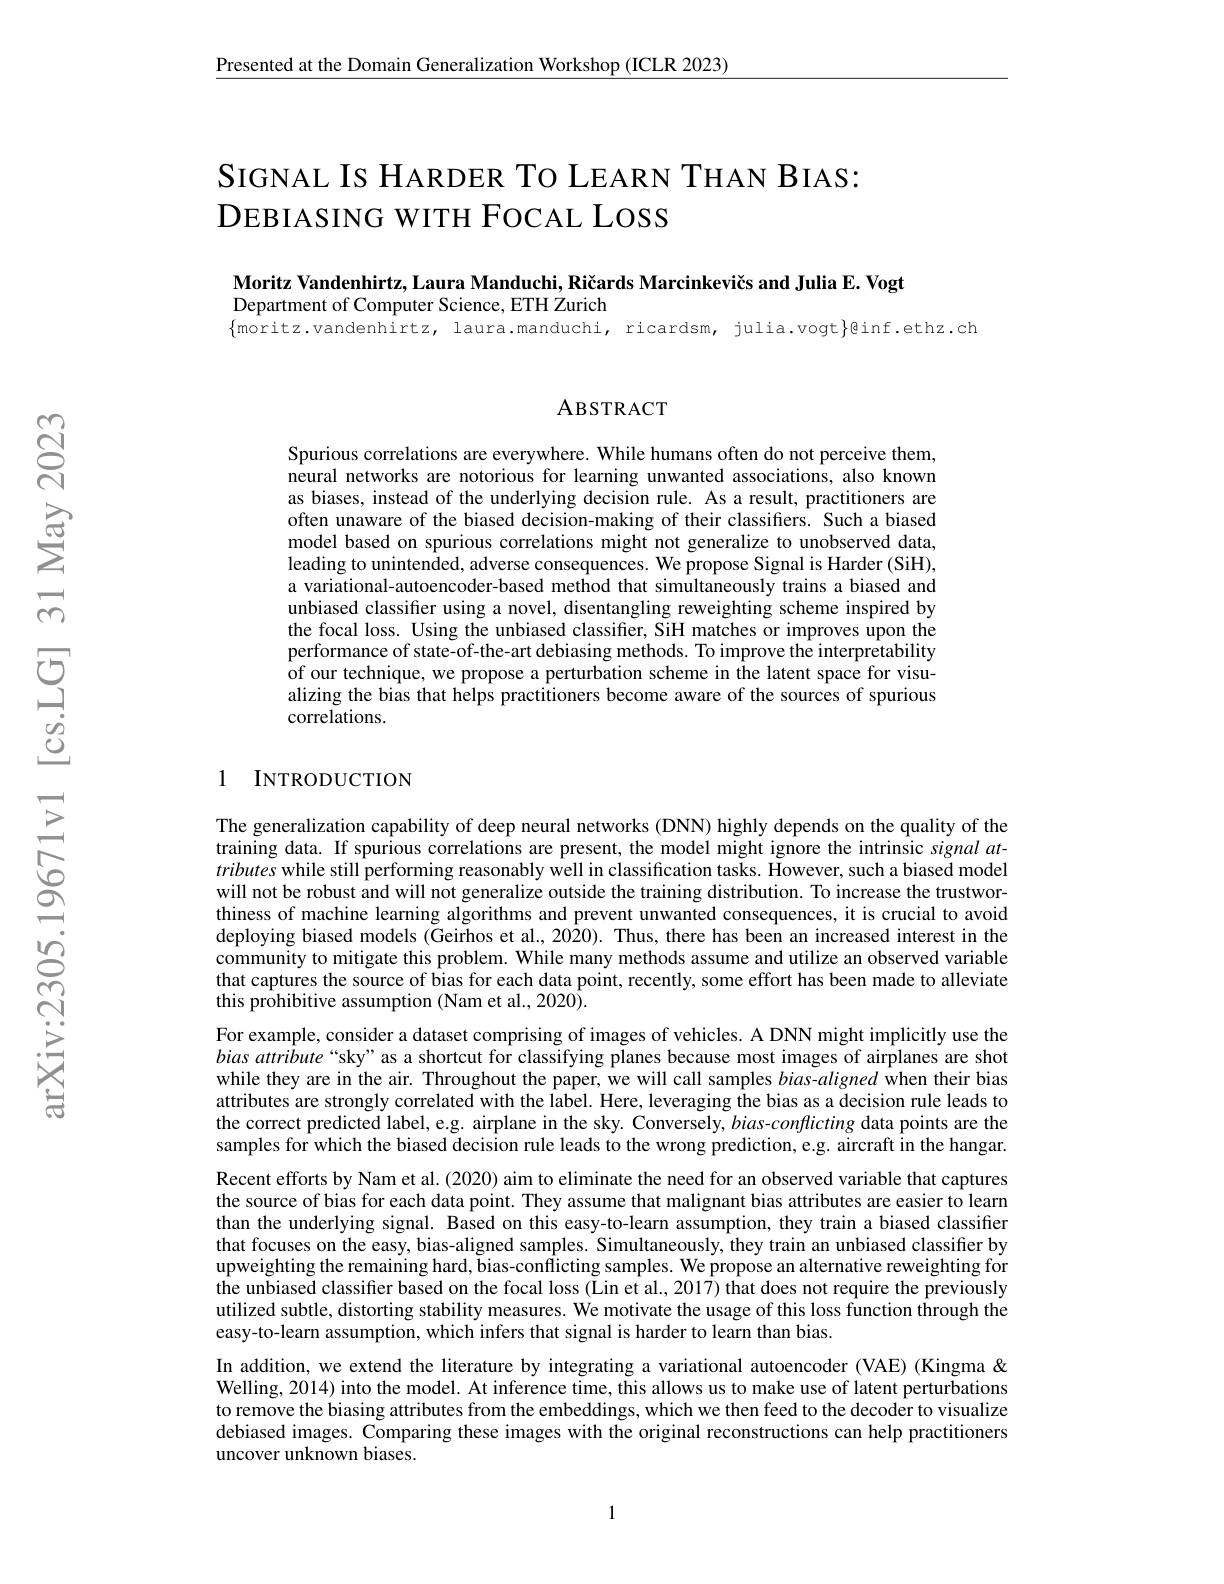
Presented at the Domain Generalization Workshop (ICLR 2023)

# SIGNAL IS HARDER TO LEARN THAN BIAS: DEBIASING WITH FOCAL LOSS

Moritz Vandenhirtz, Laura Manduchi, Ričards Marcinkevičs and Julia E. Vogt

Department of Computer Science, ETH Zurich

$\{$moritz.vandenhirtz, laura.manduchi, ricardsm, julia.vogt}@inf.ethz.ch

ABSTRACT

Spurious correlations are everywhere. While humans often do not perceive them, neural networks are notorious for learning unwanted associations, also known as biases, instead of the underlying decision rule. As a result, practitioners are often unaware of the biased decision-making of their classifiers. Such a biased model based on spurious correlations might not generalize to unobserved data, leading to unintended, adverse consequences. We propose Signal is Harder (SiH), a variational-autoencoder-based method that simultaneously trains a biased and unbiased classifier using a novel, disentangling reweighting scheme inspired by the focal loss. Using the unbiased classifier, SiH matches or improves upon the performance of state-of-the-art debiasing methods. To improve the interpretability of our technique, we propose a perturbation scheme in the latent space for visualizing the bias that helps practitioners become aware of the sources of spurious correlations.

## 1 INTRODUCTION

The generalization capability of deep neural networks (DNN) highly depends on the quality of the training data. If spurious correlations are present, the model might ignore the intrinsic signal attributes while still performing reasonably well in classification tasks. However, such a biased model will not be robust and will not generalize outside the training distribution. To increase the trustworthiness of machine learning algorithms and prevent unwanted consequences, it is crucial to avoid deploying biased models (Geirhos et al., 2020). Thus, there has been an increased interest in the community to mitigate this problem. While many methods assume and utilize an observed variable that captures the source of bias for each data point, recently, some effort has been made to alleviate this prohibitive assumption (Nam et al., 2020).
For example, consider a dataset comprising of images of vehicles. A DNN might implicitly use the bias attribute“sky”as a shortcut for classifying planes because most images of airplanes are shot while they are in the air. Throughout the paper, we will call samples bias-aligned when their bias attributes are strongly correlated with the label. Here, leveraging the bias as a decision rule leads to the correct predicted label, e.g. airplane in the sky. Conversely, $bias-conflicting$ data points are the samples for which the biased decision rule leads to the wrong prediction, e.g. aircraft in the hangar. Recent efforts by Nam et al. (2020) aim to eliminate the need for an observed variable that captures the source of bias for each data point. They assume that malignant bias attributes are easier to learn than the underlying signal. Based on this easy-to-learn assumption, they train a biased classifier that focuses on the easy, bias-aligned samples. Simultaneously, they train an unbiased classifier by upweighting the remaining hard, bias-conflicting samples. We propose an alternative reweighting for the unbiased classifier based on the focal loss (Lin et al., 2017) that does not require the previously utilized subtle, distorting stability measures. We motivate the usage of this loss function through the easy-to-learn assumption, which infers that signal is harder to learn than bias.
In addition, we extend the literature by integrating a variational autoencoder (VAE) (Kingma & Welling, 2014) into the model. At inference time, this allows us to make use of latent perturbations to remove the biasing attributes from the embeddings, which we then feed to the decoder to visualize debiased images. Comparing these images with the original reconstructions can help practitioners uncover unknown biases.

1